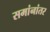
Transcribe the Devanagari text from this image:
समांनांतर